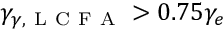
\gamma _ { \gamma , \mathrm { ~ L ~ C ~ F ~ A ~ } } > 0 . 7 5 \gamma _ { e }